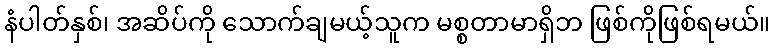
နံပါတ်နှစ်၊ အဆိပ်ကို သောက်ချမယ့်သူက မစ္စတာမာရှိဘ ဖြစ်ကိုဖြစ်ရမယ်။